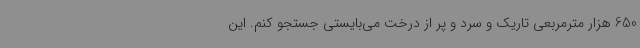
650 هزار مترمربعی تاریک و سرد و پر از درخت می‌بایستی جستجو کنم. این